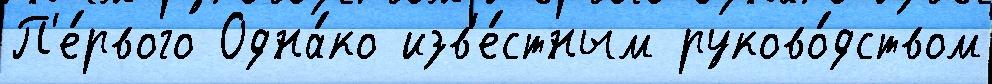
П'е́рвого Одна́ко изв'е́стным руково́дством